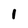
Character: 1